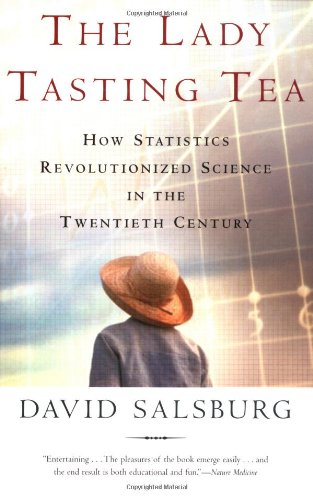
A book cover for The Lady Tasting Tea: How Statistics Revolutionized Science in the Twentieth Century; David Salsburg; Science & Math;